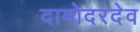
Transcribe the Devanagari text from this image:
दामोदरदेव